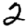
Digit: 2